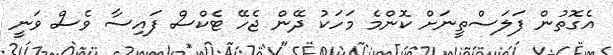
އެގޮތުން ފަލަސްތީނަށް ކޮންމެ މަހަކު ދޭން ޖެހޭ ޓެކްސް ފައިސާ ވެސް ވަނީ